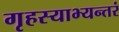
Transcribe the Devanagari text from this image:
गृहस्याभ्यन्तरं